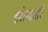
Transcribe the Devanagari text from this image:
झोपडों